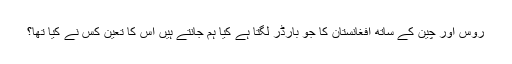
روس اور چین کے ساتھ افغانستان کا جو بارڈر لگتا ہے کیا ہم جانتے ہیں اس کا تعین کس نے کیا تھا؟